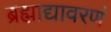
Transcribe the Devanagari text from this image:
ब्रह्माद्यावरणं